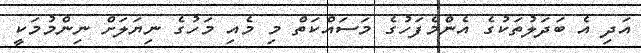
އަދި އެ ބަދަލުތަކުގެ އެންމެފަހުގެ މަސައްކަތް މި މެއި މަހުގެ ނިޔަލަށް ނިންމުމަކީ